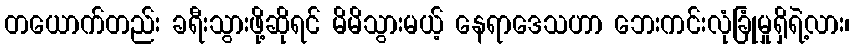
တယောက်တည်း ခရီးသွားဖို့ဆိုရင် မိမိသွားမယ့် နေရာဒေသဟာ ဘေးကင်းလုံခြုံမှုရှိရဲ့လား၊